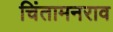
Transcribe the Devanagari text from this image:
चिंतामनराव